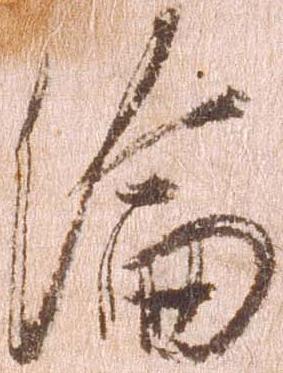
綸